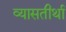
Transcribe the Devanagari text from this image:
व्यासतीर्था